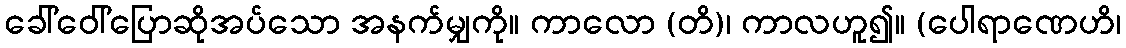
ခေါ်ဝေါ်ပြောဆိုအပ်သော အနက်မျှကို။ ကာလော (တိ)၊ ကာလဟူ၍။ (ပေါရာဏေဟိ၊